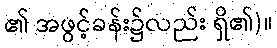
၏ အဖွင့်ခန်း၌လည်း ရှိ၏)။